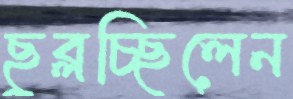
ছুব্‌লচ্ছিলেন